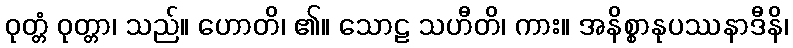
ဝုတ္တံ ဝုတ္တာ၊ သည်။ ဟောတိ၊ ၏။ သောဠ သဟီတိ၊ ကား။ အနိစ္စာနုပဿနာဒီနိ၊